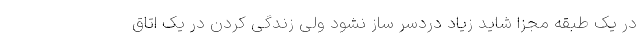
در یک طبقه مجزا شاید زیاد دردسر ساز نشود ولی زندگی کردن در یک اتاق